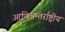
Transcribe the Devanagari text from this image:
आणिअन्तर्राष्ट्रीय